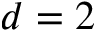
d = 2